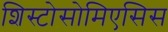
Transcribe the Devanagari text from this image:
शिस्टोसोमिएसिस